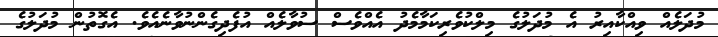
މުދަލެއް ވިއްކާއިރު އެ މުދަލުގެ މިލްކުވެރިކަމާމެދު އެއްވެސް ސުވާލެއް އުފެދިގެންނުވާނެއެވެ. އެގޮތުން މުދަލުގެ